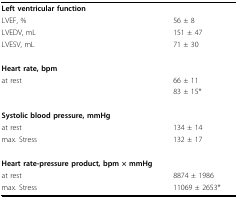
<table><thead><tr><td><b>Left ventricular function</b></td><td>[EMPTY_CELL]</td></tr></thead><tbody><tr><td>LVEF, %</td><td>56 ± 8</td></tr><tr><td>LVEDV, mL</td><td>151 ± 47</td></tr><tr><td>LVESV, mL</td><td>71 ± 30</td></tr><tr><td><b>Heart rate, bpm</b></td><td>[EMPTY_CELL]</td></tr><tr><td>at rest</td><td>66 ± 11</td></tr><tr><td>[EMPTY_CELL]</td><td>83 ± 15*</td></tr><tr><td><b>Systolic blood pressure, mmHg</b></td><td>[EMPTY_CELL]</td></tr><tr><td>at rest</td><td>134 ± 14</td></tr><tr><td>max. Stress</td><td>132 ± 17</td></tr><tr><td><b>Heart rate-pressure product, bpm × mmHg</b></td><td>[EMPTY_CELL]</td></tr><tr><td>at rest</td><td>8874 ± 1986</td></tr><tr><td>max. Stress</td><td>11069 ± 2653*</td></tr></tbody></table>